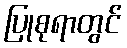
ပြုစုရာတွင်